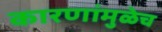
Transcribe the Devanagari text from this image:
कारणांमुळेच